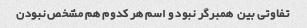
تفاوتی بین  همبرگر نبود و اسم هر کدوم هم مشخص نبودن